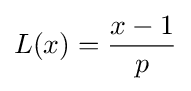
L(x)={\frac {x-1}{p}}